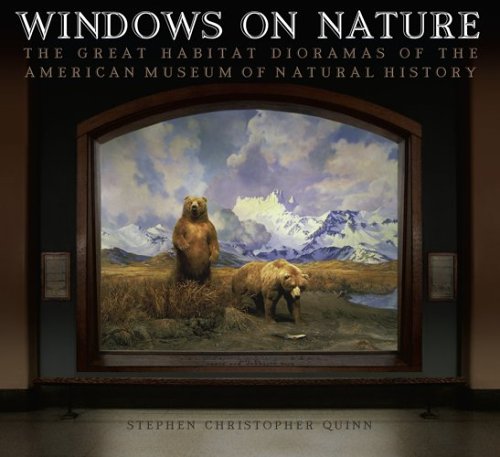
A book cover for Windows on Nature: The Great Habitat Dioramas of the American Museum of Natural History; Stephen Christopher Quinn; Arts & Photography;